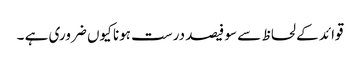
قوائد کے لحاظ سے سو فیصد درست ہونا کیوں ضروری ہے ۔